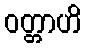
ဝတ္တာဟိ